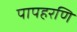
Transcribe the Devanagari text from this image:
पापहरणि